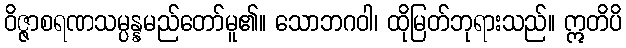
ဝိဇ္ဇာစရဏသမ္ပန္နမည်တော်မူ၏။ သောဘဂဝါ၊ ထိုမြတ်ဘုရားသည်။ ဣတိပိ